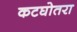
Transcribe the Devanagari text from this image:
कटघोतरा